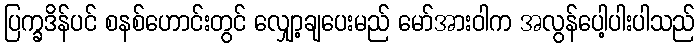
ပြက္ခဒိန်ပင် စနစ်ဟောင်းတွင် လျှော့ချပေးမည် မော်အားဝါက အလွန်ပေါ့ပါးပါသည်